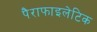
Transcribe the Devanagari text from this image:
पैराफाइलेटिक